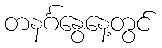
တနင်္ဂနွေနေ့တွင်